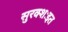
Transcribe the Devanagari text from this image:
सुरक्शःइत